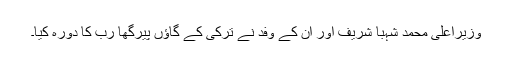
وزیراعلیٰ محمد شہبا شریف اور اُن کے وفد نے ترکی کے گاﺅں پیرگھا رب کا دورہ کیا۔